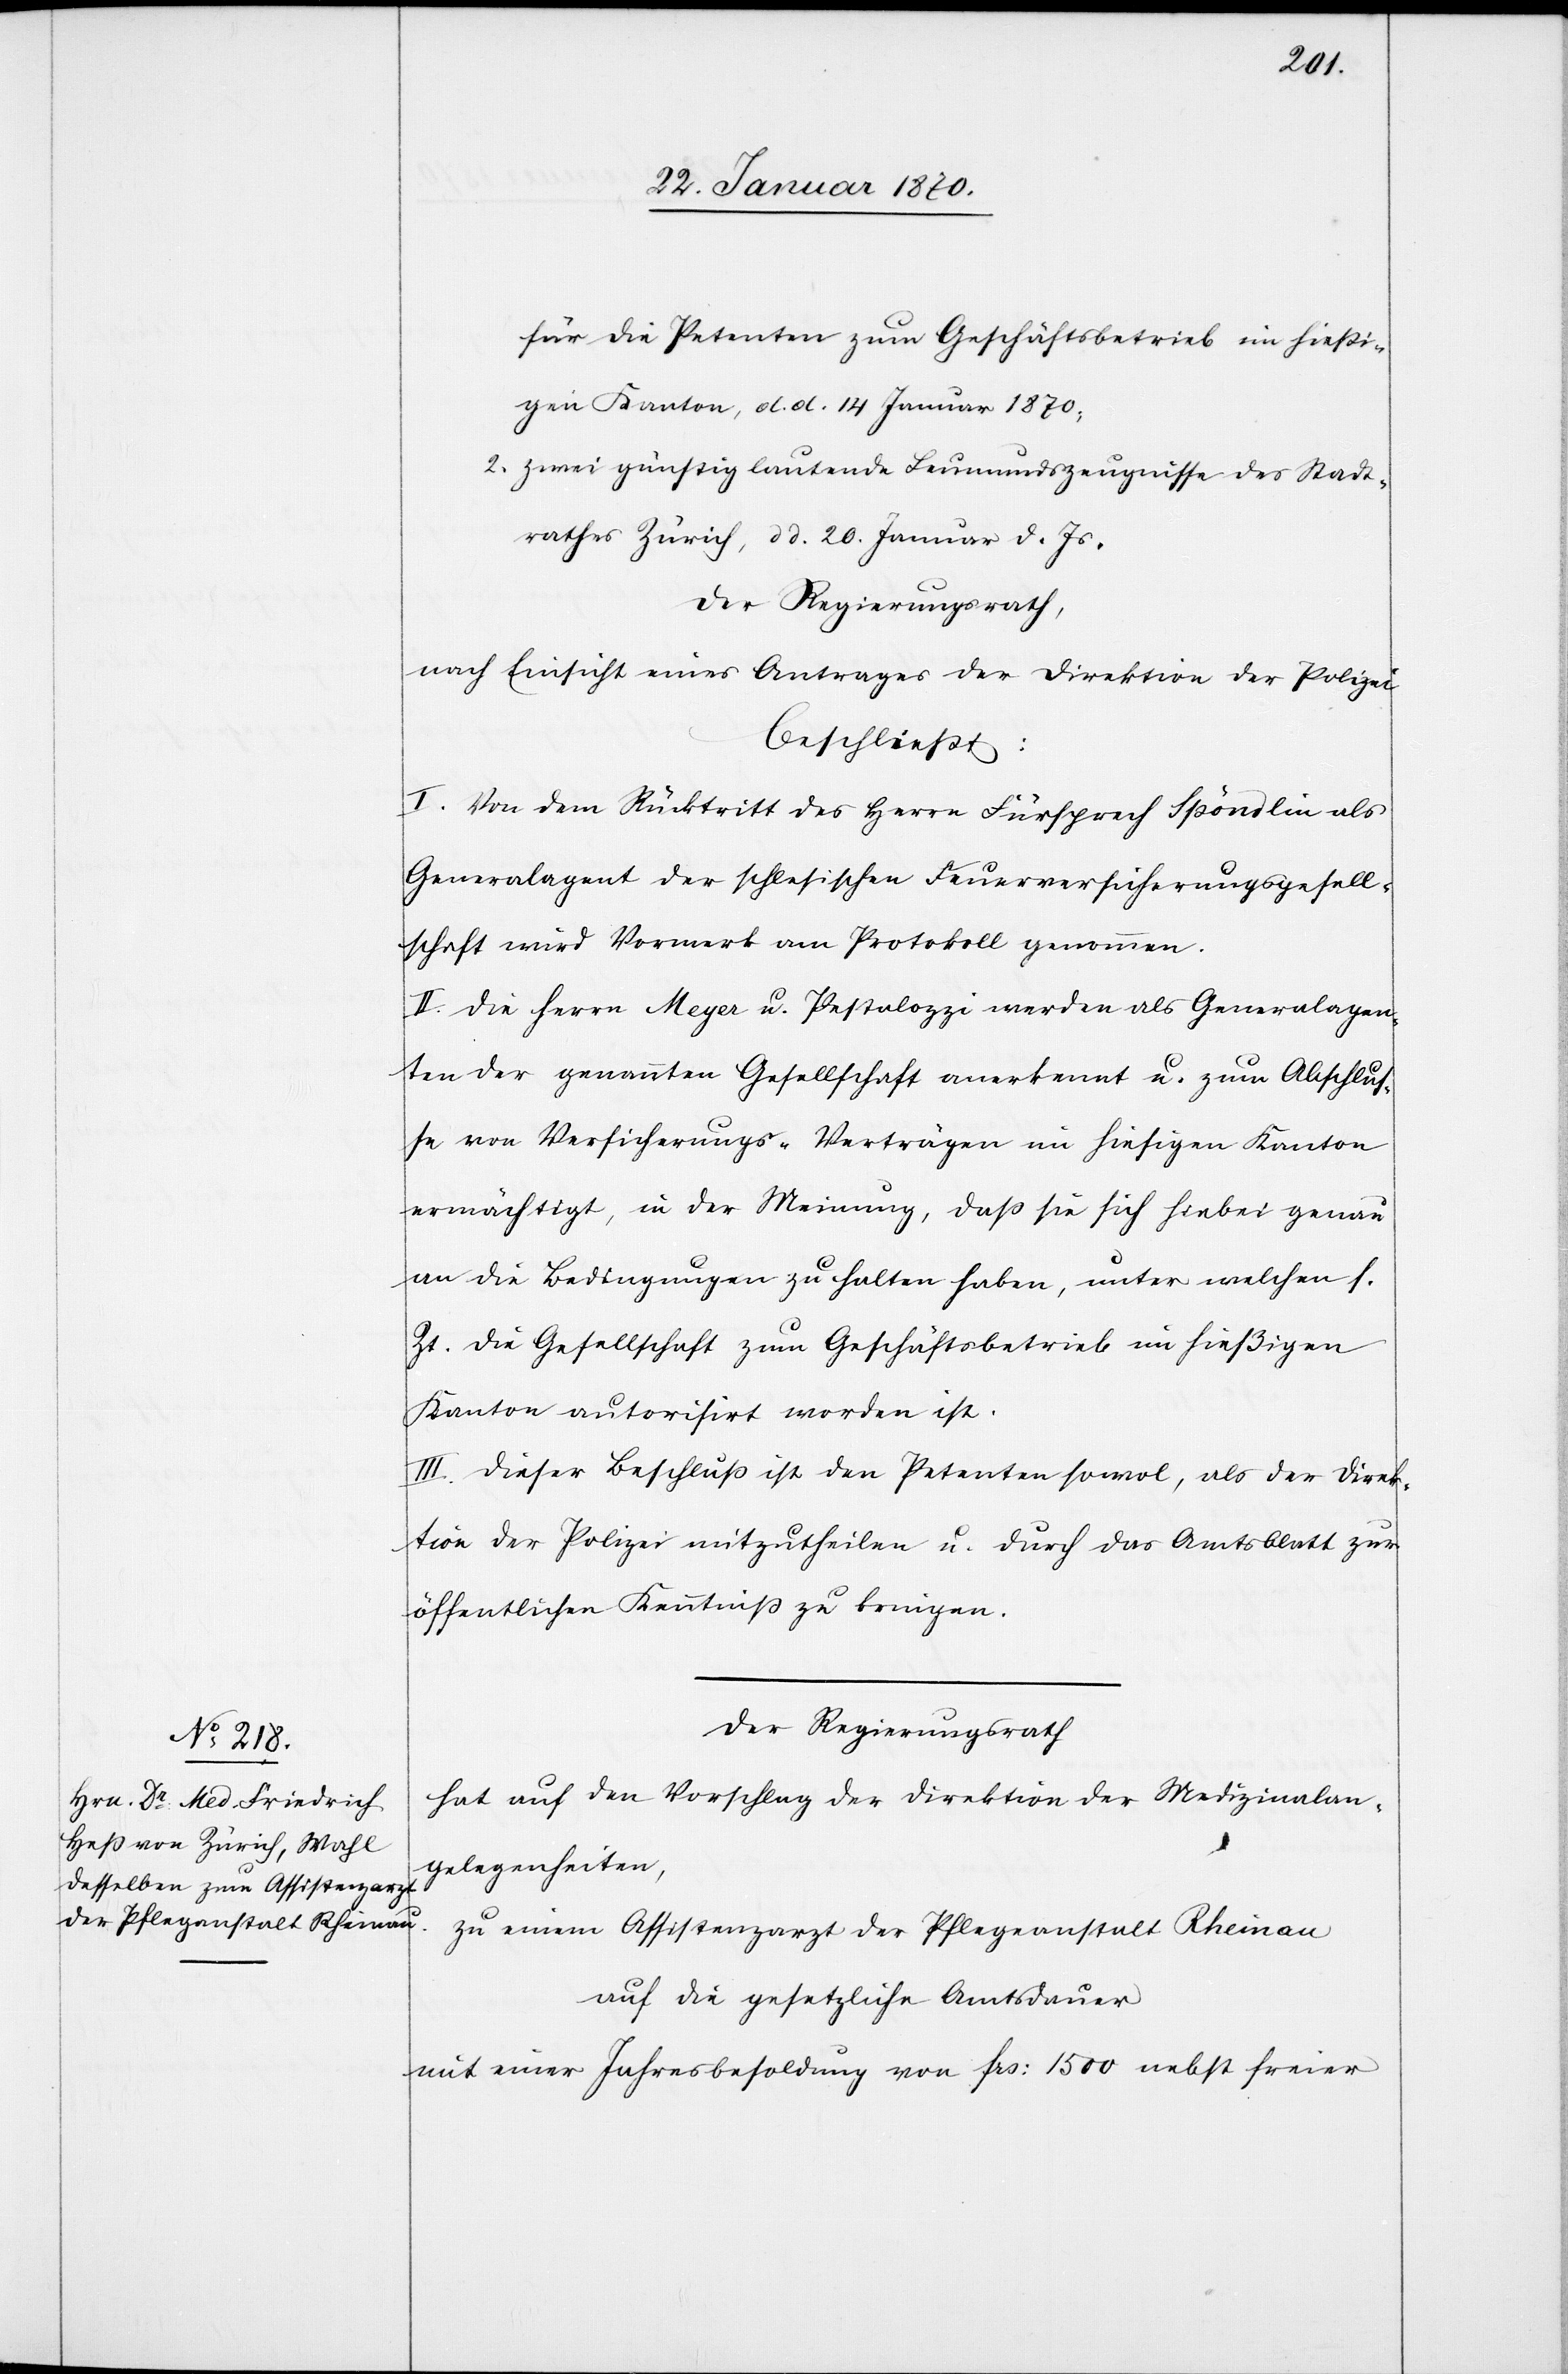
für die Petenten zum Geschäftsbetrieb im hießi¬
gen Kanton, d. d. 14 Januar 1870,
2. zwei günstig lautende Leumundszeugnisse des Stadt¬
rathes Zürich, dd. 20. Januar. d. Js.
Der Regierungsrath,
nach Einsicht eines Antrages der Direktion der Polizei
beschliesst:
I. Von dem Rücktritt des Herrn Fürsprech Spöndlin als
Generalagent der schlesischen Feuerversicherungsgesell¬
schaft wird Vormerk am Protokoll genommen.
II. Die Herrn Meyer u. Pestalozzi werden als Generalagen¬
ten der genannten Gesellschaft anerkennt u. zum Abschlus¬
se von Versicherungs-Verträgen im hiesigen Kanton
ermächtigt, in der Meinung, daß sie sich hiebei genau
an die Bedingungen zu halten haben, unter welchen s.
Zt. die Gesellschaft zum Geschäftsbetrieb im hießigen
Kanton autorisirt worden ist.
III. Dieser Beschluß ist den Petenten sowol, als der Direk¬
tion der Polizei mitzutheilen u. durch das Amtsblatt zur
öffentlichen Kenntniß zu bringen.
Der Regierungsrath
hat auf den Vorschlag der Direktion der Medizinalan¬
gelegenheiten,
zu einem Assistenzarzt der Pflegeanstalt Rheinau
auf die gesetzliche Amtsdauer
mit einer Jahresbesoldung von frs: 1500 nebst freier